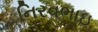
નિરવભાઇ